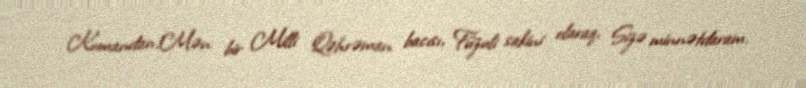
Komandan!Mən bir Milli Qəhrəman bacısı, Füzuli sakini olaraq, Sizə minnətdaram.